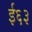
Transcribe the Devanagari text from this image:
ई६३